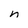
Character: n